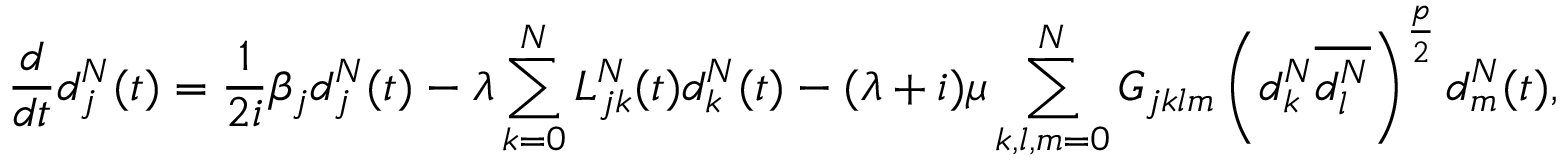
\frac { d } { d t } d _ { j } ^ { N } ( t ) = \frac { 1 } { 2 i } \beta _ { j } d _ { j } ^ { N } ( t ) - \lambda \sum _ { k = 0 } ^ { N } L _ { j k } ^ { N } ( t ) d _ { k } ^ { N } ( t ) - ( \lambda + i ) \mu \sum _ { k , l , m = 0 } ^ { N } G _ { j k l m } \left( d _ { k } ^ { N } \overline { { d _ { l } ^ { N } } } \right) ^ { \frac { p } { 2 } } d _ { m } ^ { N } ( t ) ,